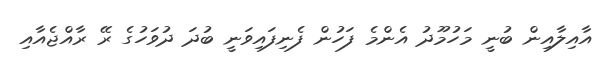
އާއިލާއިން ބުނީ މަހުމޫދު އެންމެ ފަހުން ފެނިފައިވަނީ ބުދަ ދުވަހުގެ ރޭ ރާއްޖެއާއި